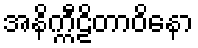
အနိက္ကီဠိတာဝိနော